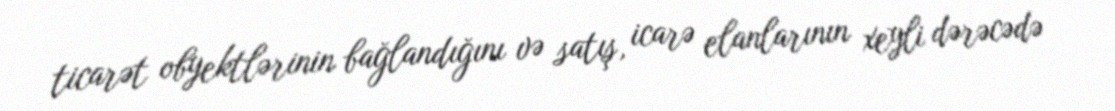
ticarət obyektlərinin bağlandığını və satış, icarə elanlarının xeyli dərəcədə